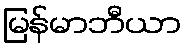
မြန်မာဘီယာ